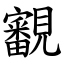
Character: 覾